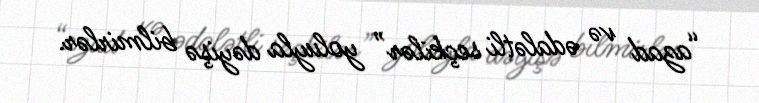
“azad və ədalətli seçkilər” yoluyla dəyişə bilmirlər.